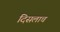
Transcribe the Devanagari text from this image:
दिसलाच